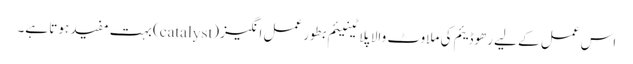
اس عمل کے لیے رھوڈیئم کی ملاوٹ والا پلاٹینیئم بطور عمل انگیز (catalyst) بہت مفید ہوتا ہے۔